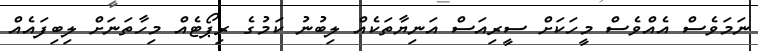
ނަމަވެސް އެއްވެސް މީހަކަށް ސީރިއަސް އަނިޔާތަކެއް ލިބުނު ކަމުގެ ރިޕޯޓެއް މިހާތަނަށް ލިބިފައެއް